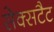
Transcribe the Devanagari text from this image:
सेक्सटैट